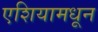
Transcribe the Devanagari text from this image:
एशियामधून